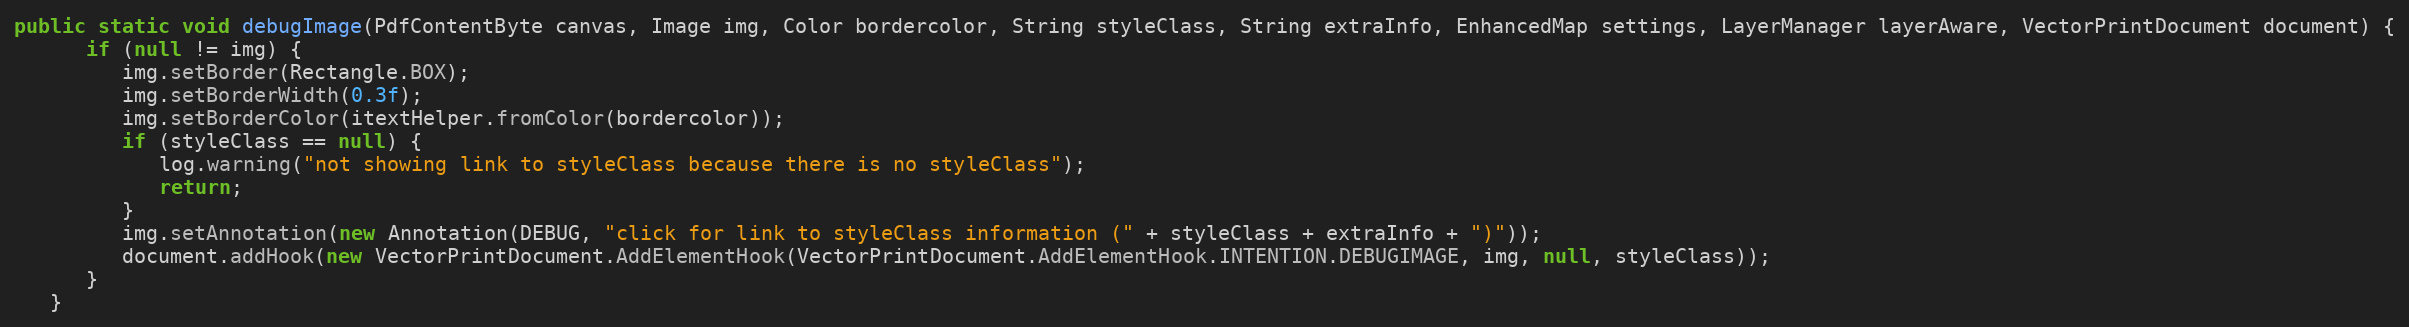
Language: Java
public static void debugImage(PdfContentByte canvas, Image img, Color bordercolor, String styleClass, String extraInfo, EnhancedMap settings, LayerManager layerAware, VectorPrintDocument document) {
      if (null != img) {
         img.setBorder(Rectangle.BOX);
         img.setBorderWidth(0.3f);
         img.setBorderColor(itextHelper.fromColor(bordercolor));
         if (styleClass == null) {
            log.warning("not showing link to styleClass because there is no styleClass");
            return;
         }
         img.setAnnotation(new Annotation(DEBUG, "click for link to styleClass information (" + styleClass + extraInfo + ")"));
         document.addHook(new VectorPrintDocument.AddElementHook(VectorPrintDocument.AddElementHook.INTENTION.DEBUGIMAGE, img, null, styleClass));
      }
   }